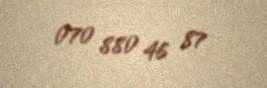
070 880 46 87